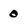
Character: 0